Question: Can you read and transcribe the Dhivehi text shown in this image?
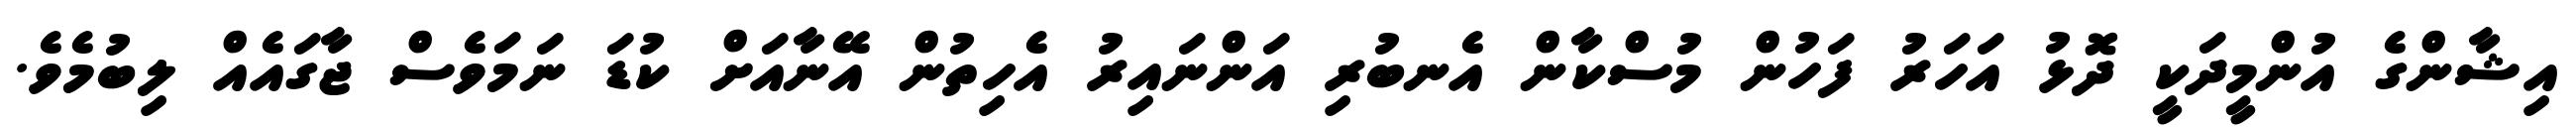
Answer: އިޝާންގެ އުންމީދަކީ ދޮޅު އަހަރު ފަހުން މުސްކާން އެނބުރި އަންނައިރު އެހިތުން އޭނާއަށް ކުޑަ ނަމަވެސް ޖާގައެއް ލިބުމެވެ.